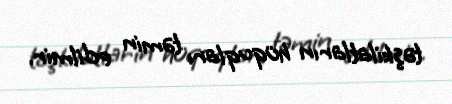
təşkilatların hüquqları təmin edilmir.